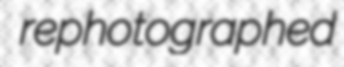
rephotographed